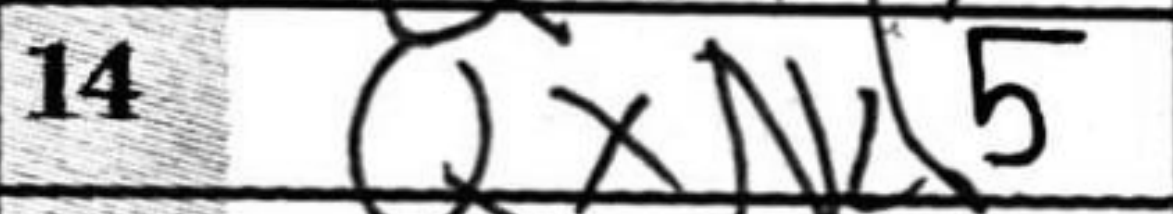
Transcription: QxNd5